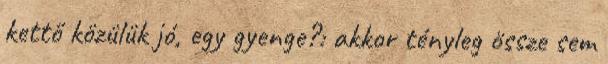
kettő közülük jó, egy gyenge?: akkor tényleg össze sem